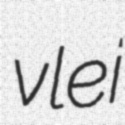
vlei